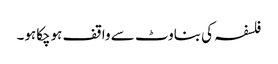
فلسفہ کی بناوٹ سے واقف ہوچکاہو۔